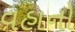
વહાનો